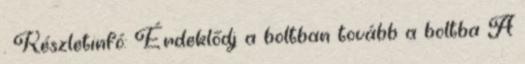
. Készletinfó: Érdeklődj a boltban tovább a boltba A